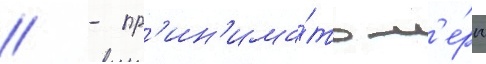
// - пр'ин'има́ть м'е́ры